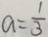
a = \frac { 1 } { 3 }